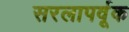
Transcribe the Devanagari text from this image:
सरलापर्वूक